Vabadussoja_Ajaloo_Komitee, lk 12
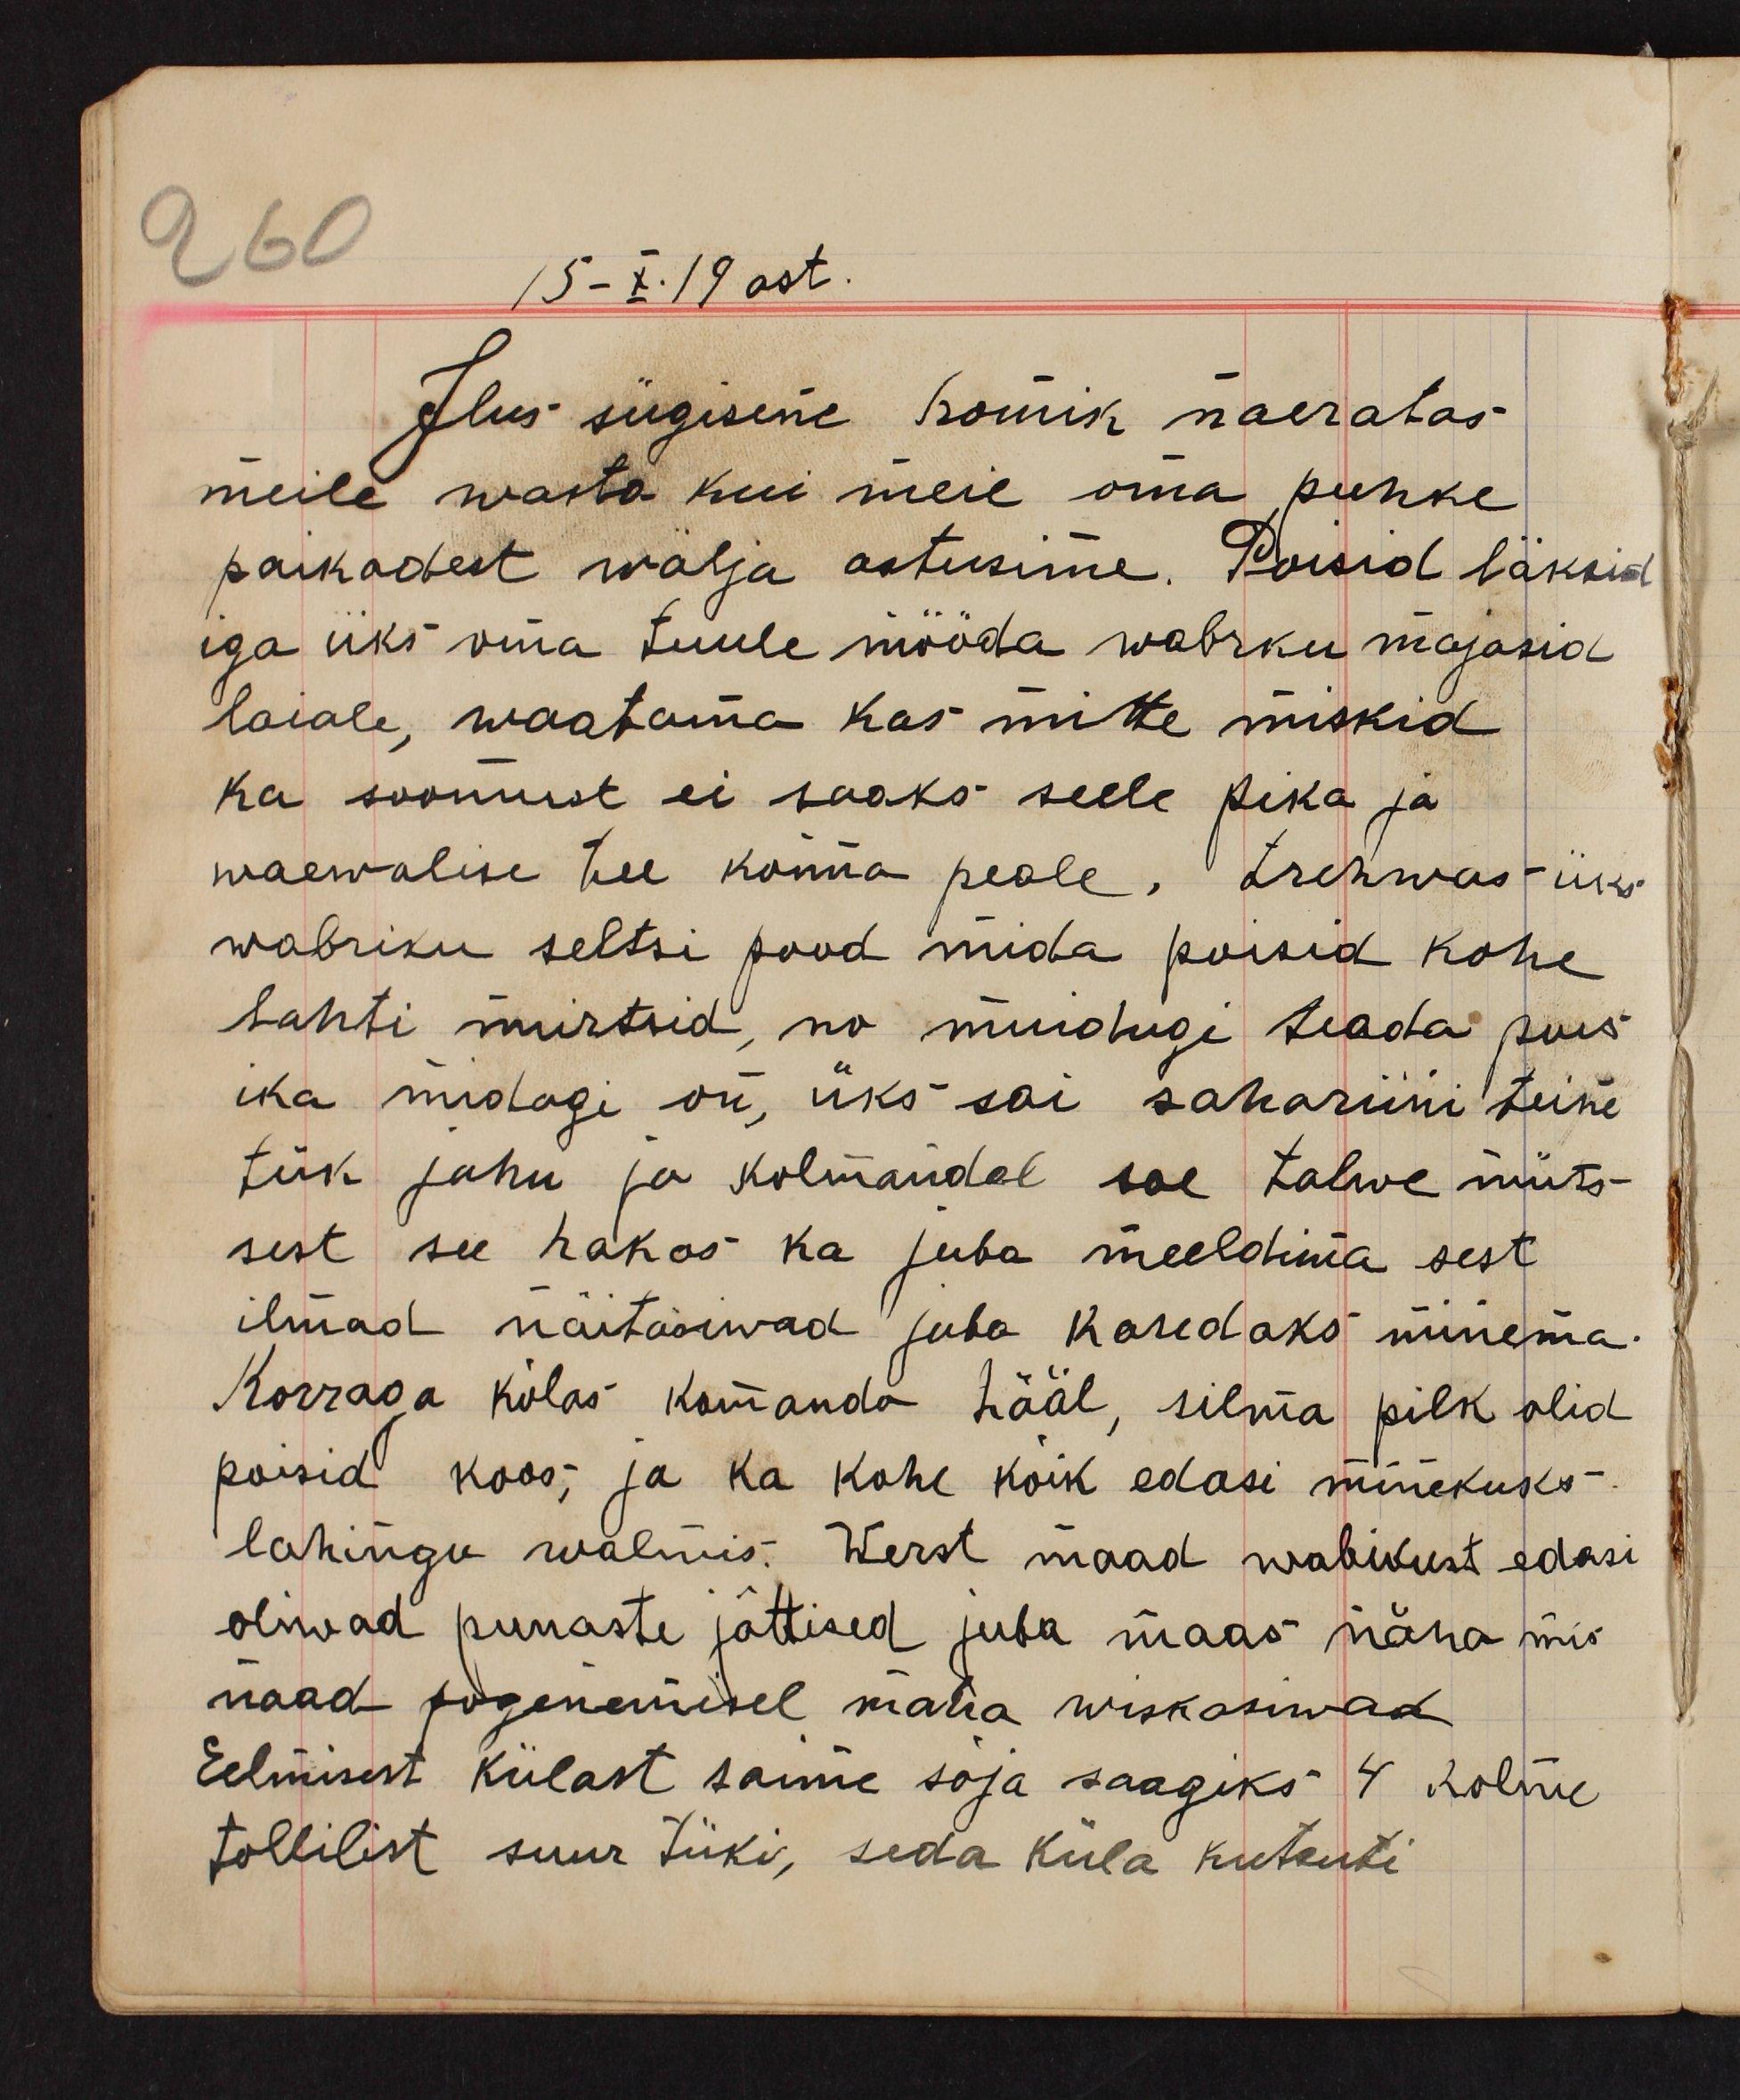
15-X.19 ast.
Ilus sügisene homik naeratas
meile wasta kui meie oma puhke
paikadest wälja astusime. Poisid läksid
iga üks oma tuule mööda wabriku majasid
laiale, waatama kas mitte miskid
ka soomust ei saaks selle pika ja
waewalise tee konna peale. Trehwas üks
wabriku seltsi pood mida poisid kohe
lahti murtsid, no muidugi teada poes
ika midagi on, üks sai sahariini teine
tük jahu ja kolmandal soe talwe müts
sest see hakas ka juba meeldima sest
ilmad näitasiwad juba karedaks minema.
Korraga kõlas komando hääl, silma pilk olid
poisid koos; ja ka kohe kõik edasi minekuks
lahingu walmis. Werst maad wabrikust edasi
oliwad punaste jättised juba maas näha mis
naad põgenemisel maha wiskasiwad
Eelmisest külast saime sõja saagiks 4 kolme
tollilist suur tüki, seda küla kutsuti